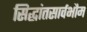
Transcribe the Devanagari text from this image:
सिद्धांतसार्वभौम